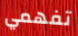
تفهمي